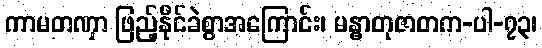
ကာမတဏှာ ဖြည့်နိုင်ခဲစွာအကြောင်း၊ မန္ဓာတုဇာတက-ပါ-၇၃၊